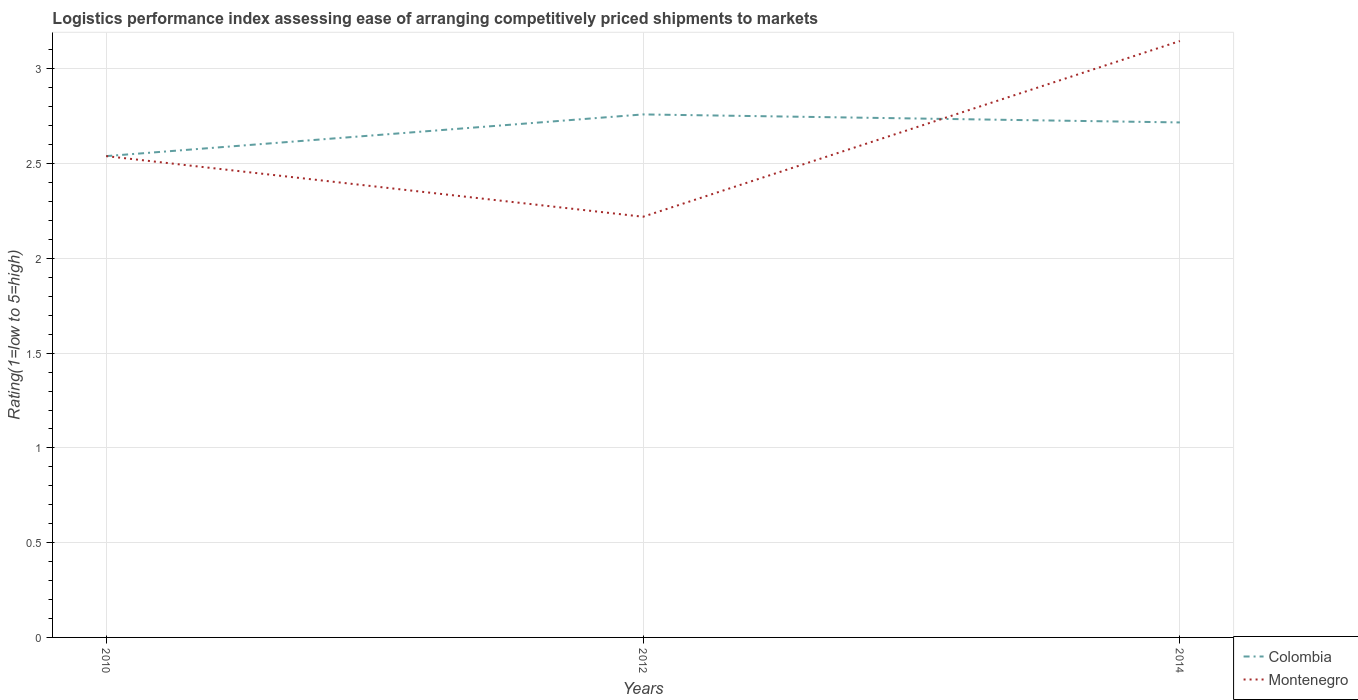
| Years | Colombia | Montenegro |
 | --- | --- | --- |
 | 2010 | 2.54 | 2.54 |
 | 2012 | 2.76 | 2.22 |
 | 2014 | 2.72 | 3.15 |